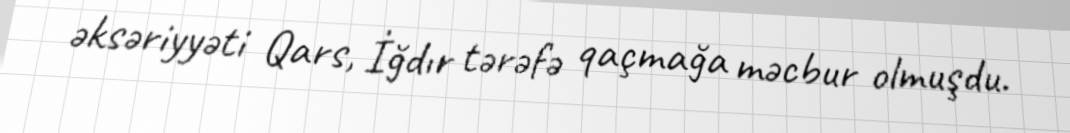
əksəriyyəti Qars, İğdır tərəfə qaçmağa məcbur olmuşdu.